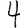
Digit: 4